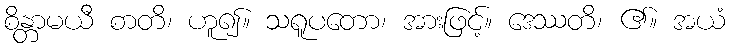
စိန္တာမယီ စာတိ၊ ဟူ၍။ သရူပတော၊ အားဖြင့်။ ဒေဿတိ၊ ၏။ အယံ